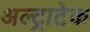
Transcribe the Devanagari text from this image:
अल्‍ट्राटेक